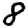
Digit: 8